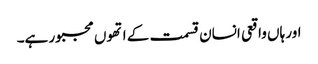
اور ہاں واقعی انسان قسمت کے اتھوں مجبور ہے۔